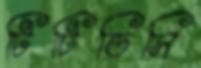
টিটিডিসি